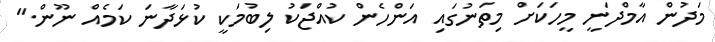
މަދުން އާމްދަނީ މީހަކަށް މިތަނުގައި އަންހެން ކުއްޖަކު ލިބުމަކީ ކުޅަދާނަ ކަމެއް ނޫން."